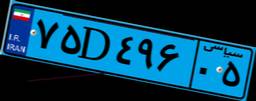
۷۵D۴۹۶۰۵